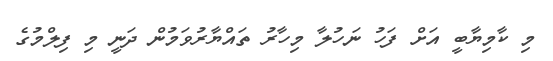
މި ކާމިޔާބީ އަށް ފަހު ނަހުލާ މިހާރު ތައްޔާރުވަމުން ދަނީ މި ފިލްމުގެ